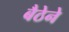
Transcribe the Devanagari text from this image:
बैठेने